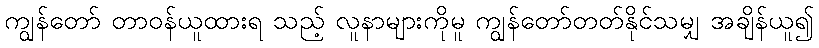
ကျွန်တော် တာဝန်ယူထားရ သည့် လူနာများကိုမူ ကျွန်တော်တတ်နိုင်သမျှ အချိန်ယူ၍